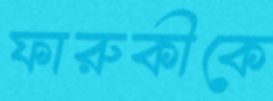
ফারুকীকে